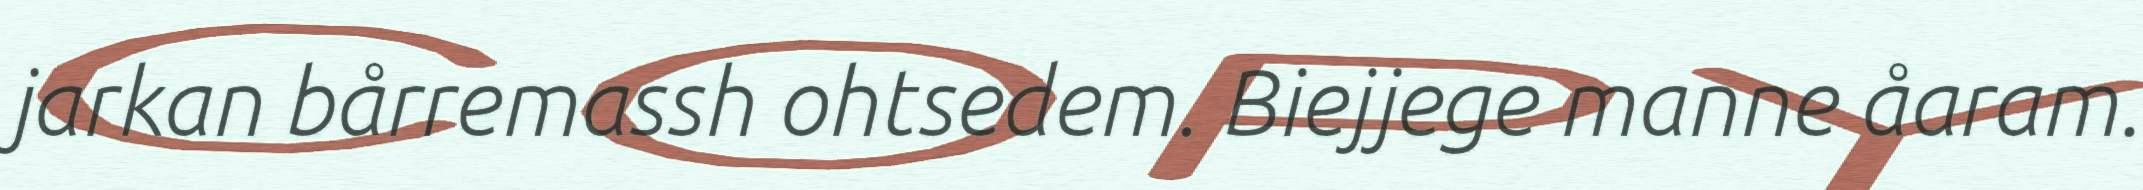
jarkan bårremassh ohtsedem. Biejjege manne åaram.